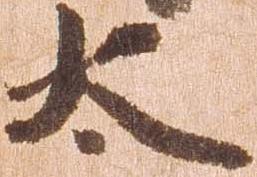
太